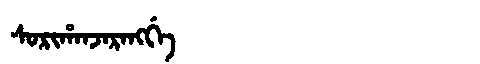
Manchu: ᠰᠣᡵᡳᡥᠠᠨᠵᠠᡵᠠᠩᡤᡝ
Romanization: SORIHANJARANGGE